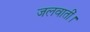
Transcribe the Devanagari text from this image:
जलवातीं।